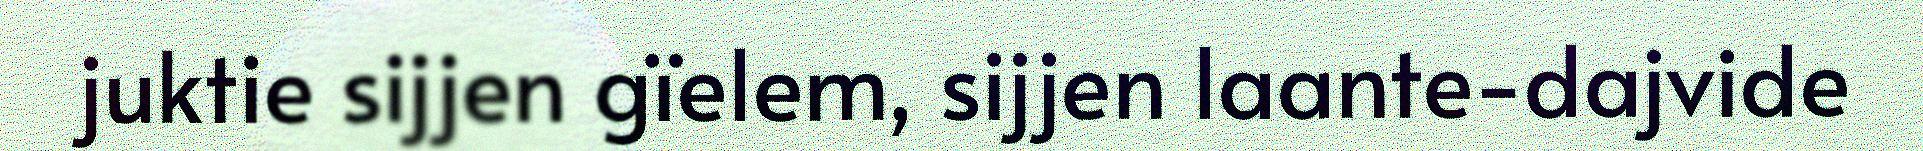
juktie sijjen gïelem, sijjen laante-dajvide